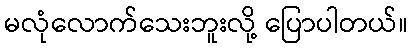
မလုံလောက်သေးဘူးလို့ ပြောပါတယ်။